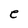
Character: e